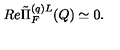
R e \tilde { \Pi } _ { F } ^ { ( q ) L } ( Q ) \simeq 0 .